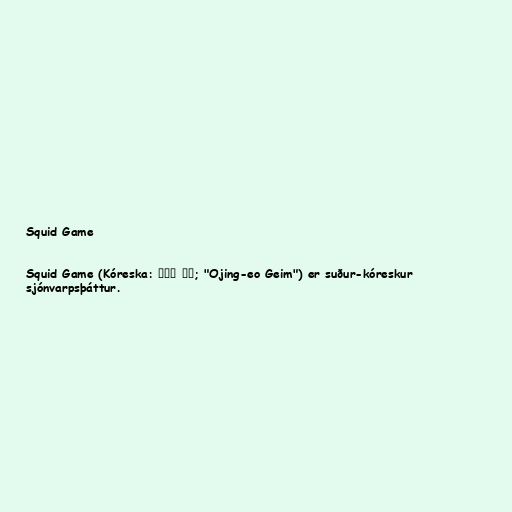
Squid Game

Squid Game (Kóreska: 오징어 게임; "Ojing-eo Geim") er suður-kóreskur
sjónvarpsþáttur.